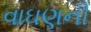
વાઘણની